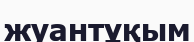
жуантұқым